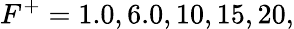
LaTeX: F^{+}=1.0,6.0,10,15,20,